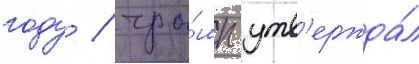
году / тра́мп утв'ержда́л